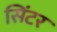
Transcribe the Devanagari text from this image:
सिंटर